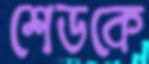
শেডকে